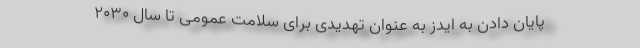
پایان دادن به ایدز به ‌عنوان تهدیدی برای سلامت عمومی تا سال ۲۰۳۰